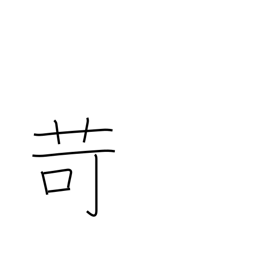
Meaning: chastise